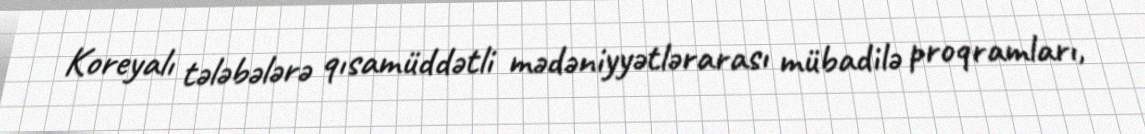
Koreyalı tələbələrə qısamüddətli mədəniyyətlərarası mübadilə proqramları,